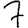
Digit: 7